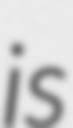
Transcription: is